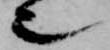
也